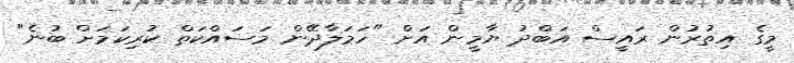
މީގެ އިތުރުން ރައީސް އަބްދު ޔާމީން އަށް "ހަމަލާދޭން މަސައްކަތް ކުރިކަމަށް ބުނެ"